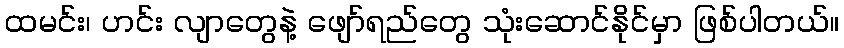
ထမင်း၊ ဟင်း လျာတွေနဲ့ ဖျော်ရည်တွေ သုံးဆောင်နိုင်မှာ ဖြစ်ပါတယ်။